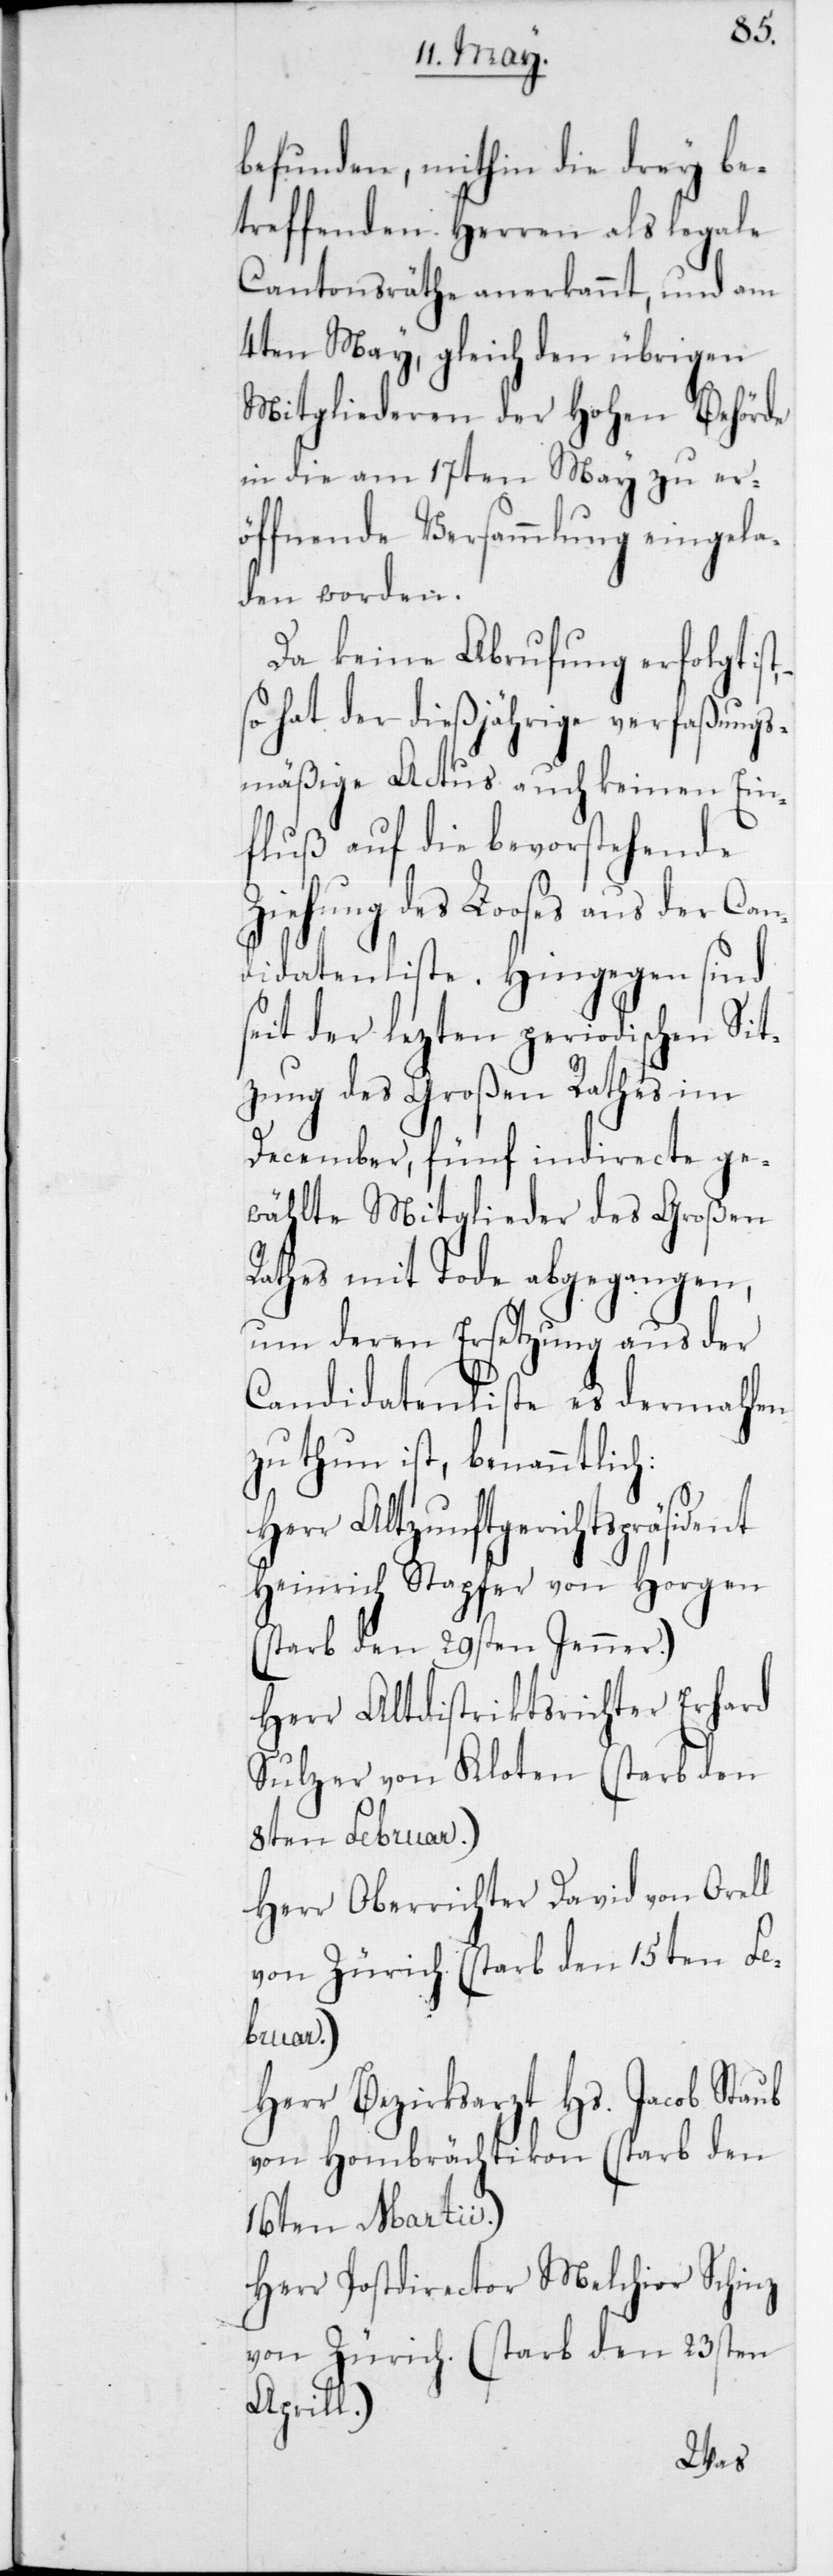
befunden, mithin die drey be¬
treffenden Herren als legale
Cantonsräthe anerkannt, und am
4ten May, gleich den übrigen
Mitgliederen der Hohen Behörde
in die am 17ten May zu er¬
öffnende Versammlung eingela¬
den worden.
Da keine Abrufung erfolgt
so hat der dießjährige verfaßungs¬
mäßige Actus auch keinen Ein¬
fluß auf die bevorstehende
Ziehung des Looses aus der
Candidatenliste. Hingegen sind
seit der lezten periodischen Sit¬
zung des Großen Rathes im
December, fünf indirecte ge¬
wählte Mitglieder des Großen
Rathes mit Tod abgegangen,
um deren Ersetzung aus der
Candidatenliste es dermahlen
zu thun ist, benanntlich:
Herr Altzunftgerichtspräsid¬
Heinrich Stapfer von Horgen
(starb den 29sten Jenner.)
Herr Altdistrictsrichter Erhard
Sulzer von Kloten (starb den
8ten Februar.)
Herr Oberrichter David von Orell
von Zürich (starb den 15ten Fe¬
bruar.)
Herr Bezirksarzt Hs. Jacob Staub
von Hombrächtikon (starb den
16ten Martii.)
Herr Postdirector Melchior Schinz
von Zürich (starb den 23sten
April.)
ent